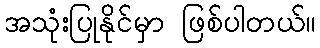
အသုံးပြုနိုင်မှာ ဖြစ်ပါတယ်။